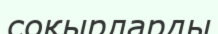
соқырларды